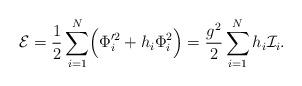
\begin{align*}{\cal E} = {1\over 2} \sum_{i=1}^N \Bigl( \Phi_i'^2 + h_i\Phi_i^2\Bigr) ={g^2\over 2}\sum_{i=1}^N h_i{\cal I}_i.\end{align*}